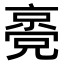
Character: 𠆃